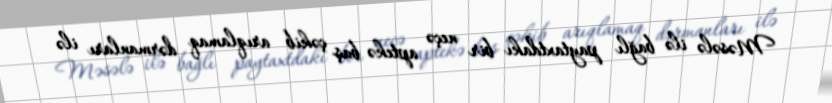
Məsələ ilə bağlı paytaxtdakı bir neçə aptekə baş çəkib arıqlamaq dərmanları ilə